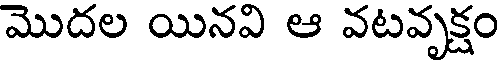
మొదల యినవి ఆ వటవృక్షం